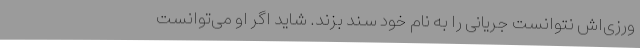
ورزی‌اش نتوانست جریانی را به نام خود سند بزند. شاید اگر او می‌توانست